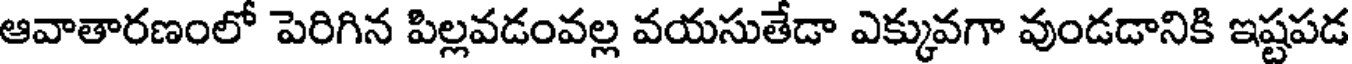
ఆవాతారణంలో పెరిగిన పిల్లవడంవల్ల వయసుతేడా ఎక్కువగా వుండడానికి ఇష్టపడ